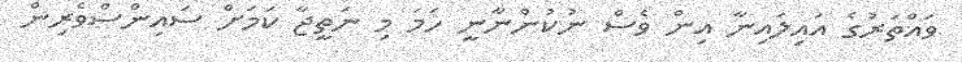
ވައްތަރުގެ އައިލައިނާ އިން ވެސް ނުކުންނާނީ ހަމަ މި ނަތީޖާ ކަމަށް ސައިންސްވެރިން